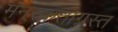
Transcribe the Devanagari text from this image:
मनस्कताग्रस्त